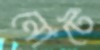
নোটে